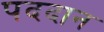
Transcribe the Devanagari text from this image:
पददान